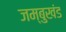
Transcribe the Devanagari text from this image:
जम्बुखंड